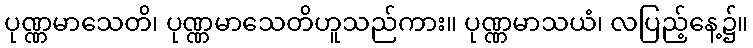
ပုဏ္ဏမာသေတိ၊ ပုဏ္ဏမာသေတိဟူသည်ကား။ ပုဏ္ဏမာသယံ၊ လပြည့်နေ့၌။